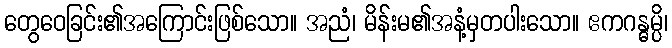
တွေဝေခြင်း၏အကြောင်းဖြစ်သော။ အညံ၊ မိန်းမ၏အနံ့မှတပါးသော။ ဧကဂန္ဓမ္ပိ၊